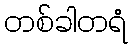
တစ်ခါတရံ